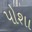
પોશા